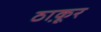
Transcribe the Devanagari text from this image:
ठा़कूर